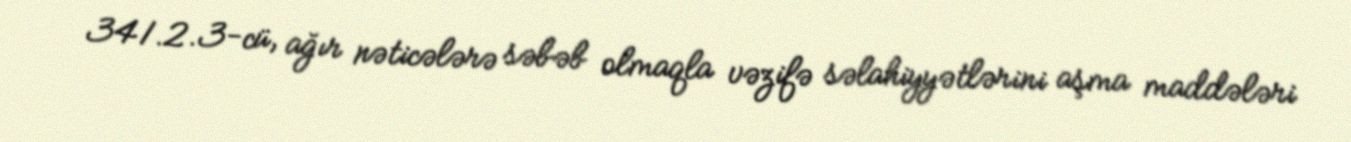
341.2.3-cü, ağır nəticələrə səbəb olmaqla vəzifə səlahiyyətlərini aşma maddələri